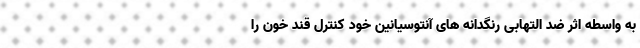
به واسطه اثر ضد التهابی رنگدانه های آنتوسیانین خود کنترل قند خون را